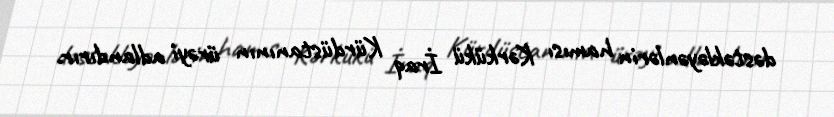
dəstəkləyənlərin hamısı Kərkükü İraq Kürdüstanının ürəyi adlandırır.